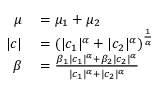
\begin{array} { r l } { \mu } & { { } = \mu _ { 1 } + \mu _ { 2 } } \\ { | c | } & { { } = \left( | c _ { 1 } | ^ { \alpha } + | c _ { 2 } | ^ { \alpha } \right) ^ { \frac { 1 } { \alpha } } } \\ { \beta } & { { } = { \frac { \beta _ { 1 } | c _ { 1 } | ^ { \alpha } + \beta _ { 2 } | c _ { 2 } | ^ { \alpha } } { | c _ { 1 } | ^ { \alpha } + | c _ { 2 } | ^ { \alpha } } } } \end{array}